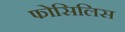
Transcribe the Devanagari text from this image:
फोसिलिस